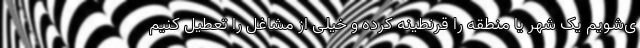
ی‌شویم یک شهر یا منطقه را قرنطینه کرده و خیلی از مشاغل را تعطیل کنیم